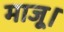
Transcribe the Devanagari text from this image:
माजू।